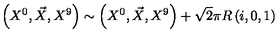
\left( X ^ { 0 } , \vec { X } , X ^ { 9 } \right) \sim \left( X ^ { 0 } , \vec { X } , X ^ { 9 } \right) + \sqrt { 2 } \pi R \left( i , 0 , 1 \right)